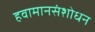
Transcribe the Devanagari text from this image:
हवामानसंशोधन